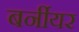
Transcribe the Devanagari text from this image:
बर्नीयर